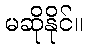
မဆိုနိုင်။